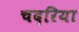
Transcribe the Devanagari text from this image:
चदरिया